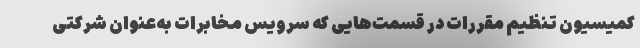
کمیسیون تنظیم مقررات در قسمت‌هایی که سرویس مخابرات به‌عنوان شرکتی